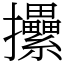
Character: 𢺢